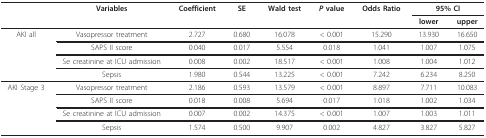
|  | Variables | Coefficient | SE | Wald test | P value | Odds Ratio | <COLSPAN=2> 95% CI |
 |  |  |  |  |  |  |  | lower | upper |
 | --- | --- | --- | --- | --- | --- | --- | --- | --- |
 | AKI all | Vasopressor treatment | 2.727 | 0.680 | 16.078 | < 0.001 | 15.290 | 13.930 | 16.650 |
 |  | SAPS II score | 0.040 | 0.017 | 5.554 | 0.018 | 1.041 | 1.007 | 1.075 |
 |  | Se creatinine at ICU admission | 0.008 | 0.002 | 18.517 | < 0.001 | 1.008 | 1.004 | 1.012 |
 |  | Sepsis | 1.980 | 0.544 | 13.225 | < 0.001 | 7.242 | 6.234 | 8.250 |
 | AKI Stage 3 | Vasopressor treatment | 2.186 | 0.593 | 13.579 | < 0.001 | 8.897 | 7.711 | 10.083 |
 |  | SAPS II score | 0.018 | 0.008 | 5.694 | 0.017 | 1.018 | 1.002 | 1.034 |
 |  | Se creatinine at ICU admission | 0.007 | 0.002 | 14.375 | < 0.001 | 1.007 | 1.003 | 1.011 |
 |  | Sepsis | 1.574 | 0.500 | 9.907 | 0.002 | 4.827 | 3.827 | 5.827 |